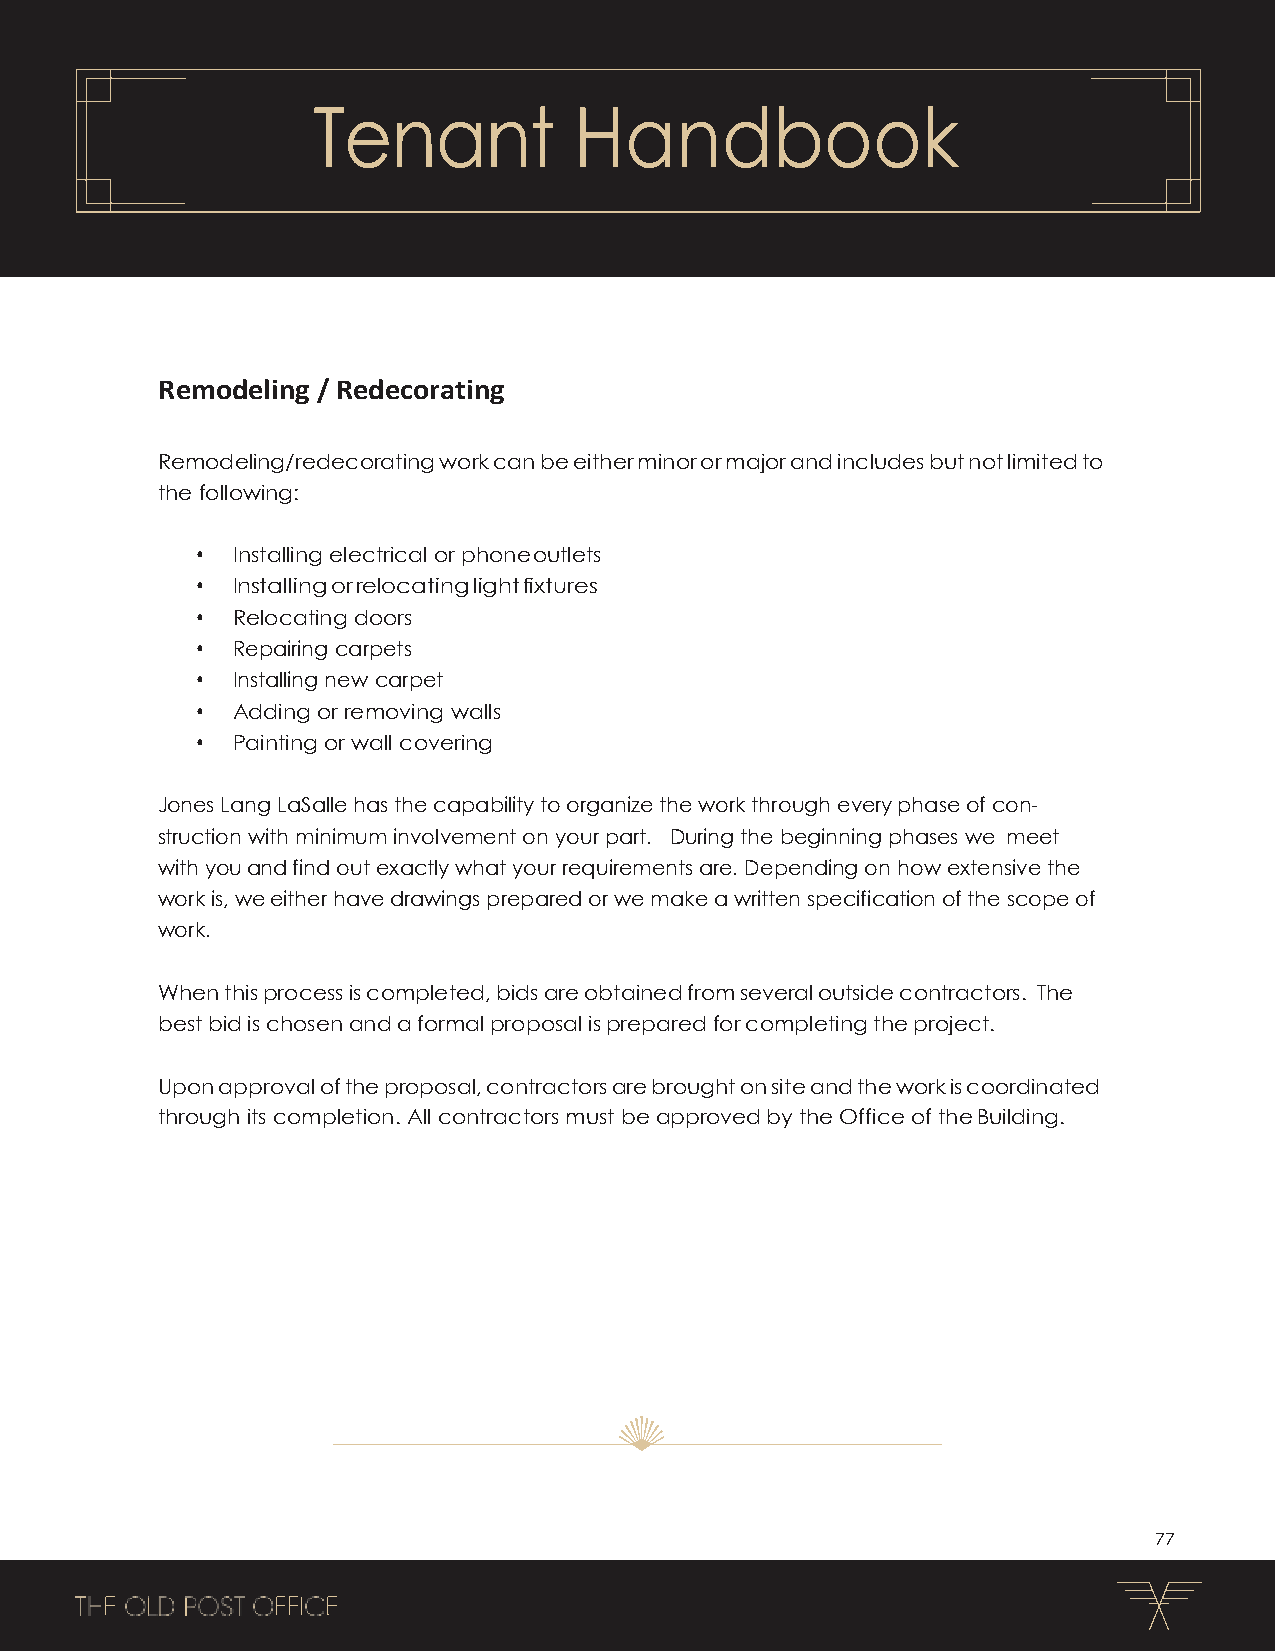
Tenant           Handbook
 Remodeling / Redecorating
 Remodeling/redecorating work can be either minor or major and includes but not limited to
 the following:
 • Installing electrical or phone outlets
 • Installing or relocating light fixtures
 • Relocating doors
 • Repairing carpets
 • Installing new carpet
 • Adding or removing walls
 • Painting or wall covering
 Jones Lang LaSalle has the capability to organize the work through every phase of con-
 struction with minimum involvement on your part. During the beginning phases we meet
 with you and find out exactly what your requirements are. Depending on how extensive the
 work is, we either have drawings prepared or we make a written specification of the scope of
 work.
 When this process is completed, bids are obtained from several outside contractors. The
 best bid is chosen and a formal proposal is prepared for completing the project.
 Upon approval of the proposal, contractors are brought on site and the work is coordinated
 through its completion. All contractors must be approved by the Office of the Building.
 77